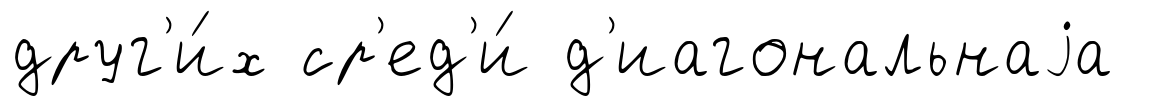
друг'и́х ср'ед'и́ д'иагональнаjа